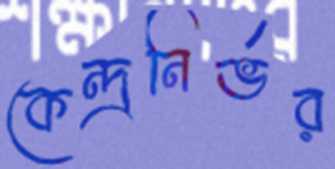
কেন্দ্রনির্ভর